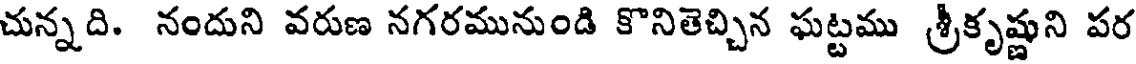
చున్నది. నందుని వరుణ నగరమునుండి కొనితెచ్చిన ఘట్టము శ్రీకృష్ణుని పర